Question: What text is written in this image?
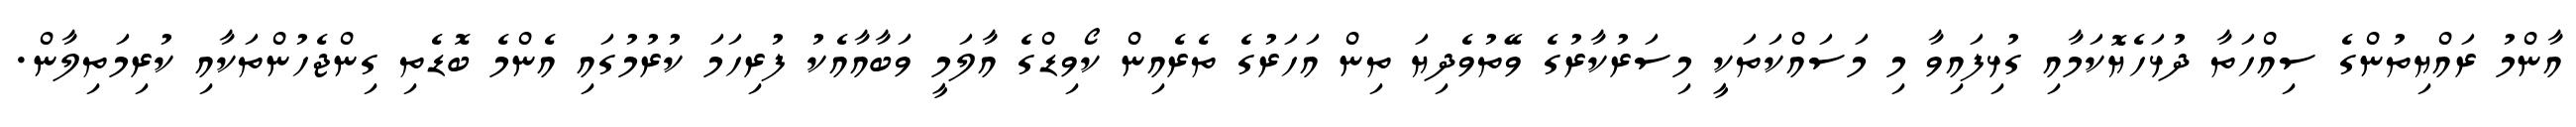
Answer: އާންމު ރައްޔިތުންގެ ސިއްހަތާ ދުޅަހެޔޮކަމާއި ގުޅިފައިވާ މި މަސައްކަތަކީ މިސަރުކާރުގެ ވޭތުވެދިޔަ ތިން އަހަރުގެ ތެރެއިން ކޯވިޑްގެ އާލަމީ ވަބާއާއެކު ފުރިހަމަ ކުރުމުގައި އެންމެ ބޮޑެތި ގިންޖެހުންތަކާއި ކުރިމަތިލާން.